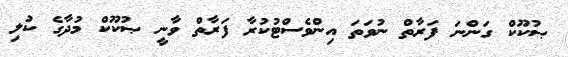
ޞުކޫކް ގަންނަ ފަރާތް ނުވަތަ އިންވެސްޓުކުރާ ފަރާތް ވާނީ ޞުކޫކް މުދާގެ ކުލި